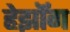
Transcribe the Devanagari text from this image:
हेर्झॉग